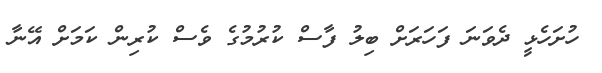
ހުށަހެޅީ ދެވަނަ ފަހަރަށް ބިލު ފާސް ކުރުމުގެ ވެސް ކުރިން ކަމަށް އޭނާ